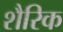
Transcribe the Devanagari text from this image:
शैरिक